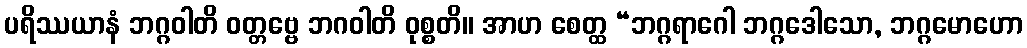
ပရိဿယာနံ ဘဂ္ဂဝါတိ ဝတ္တဗ္ဗေ ဘဂဝါတိ ဝုစ္စတိ။ အာဟ စေတ္ထ “ဘဂ္ဂရာဂေါ ဘဂ္ဂဒေါသော, ဘဂ္ဂမောဟော